Problem: 5 × 8 = ?
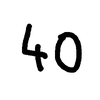
Handwritten answer: 40